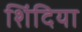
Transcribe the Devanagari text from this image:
शिंदिया